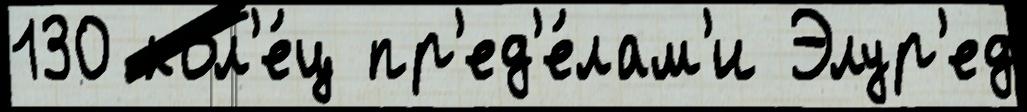
130 кол'е́ц пр'ед'е́лам'и Элур'ед